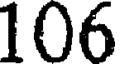
106